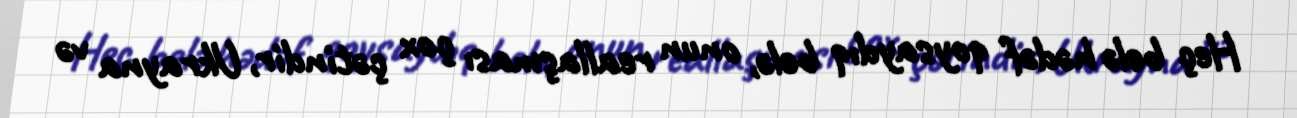
Heç belə hədəf qoysaydıq belə, onun reallaşması çox çətindir, Ukrayna və